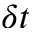
\delta t